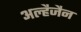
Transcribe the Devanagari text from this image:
अल्हैजैन